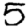
Digit: 5